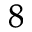
^ 8